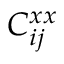
C _ { i j } ^ { x x }